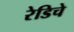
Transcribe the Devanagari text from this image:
रेडिचे